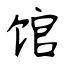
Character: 馆